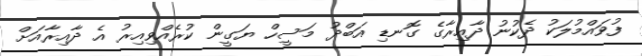
ފުވައްމުލަކު ދެކުނު ދާއިރާގެ ގޮނޑި އަބްދު މަސީހް ޔަގީން ކުރެއްވިއިރު އެ ދާއިރާއަށް